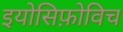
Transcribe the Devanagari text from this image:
इयोसिफ़ोविच